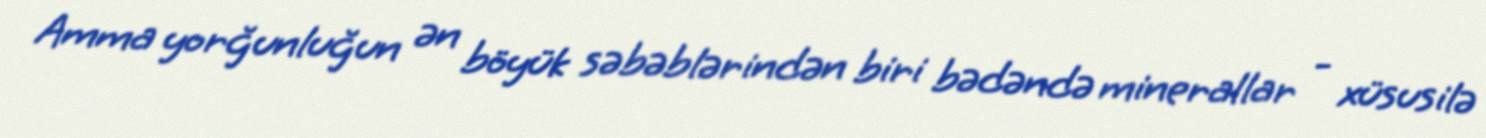
Amma yorğunluğun ən böyük səbəblərindən biri bədəndə minerallar - xüsusilə